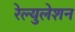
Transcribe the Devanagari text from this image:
रेल्युलेशन